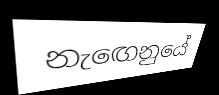
නැඟෙනුයේ